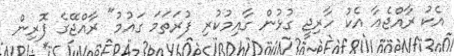
އެކު ރާއްޖެއާ އެކު ހާރިޖީ ގުޅުން ގާއިމުކުރި ފުރަތަމަ ގައުމު" ރާއްޖޭގެ ފޮރިން